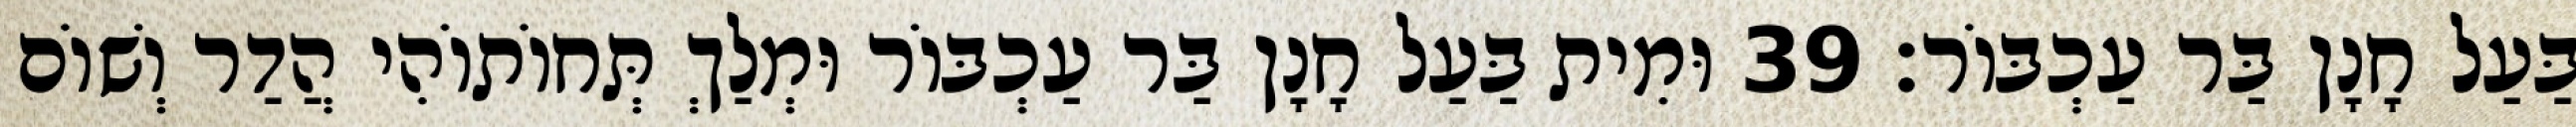
בַּעַל חָנָן בַּר עַכְבּוֹר׃ 39 וּמִית בַּעַל חָנָן בַּר עַכְבּוֹר וּמְלַךְ תְּחוֹתוֹהִי הֲדַר וְשׁוֹם